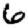
Digit: 6